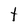
Character: t